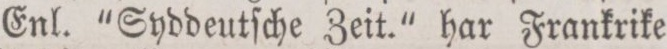
Enl. “Syddeutſche Zeit.“ har Frankrike